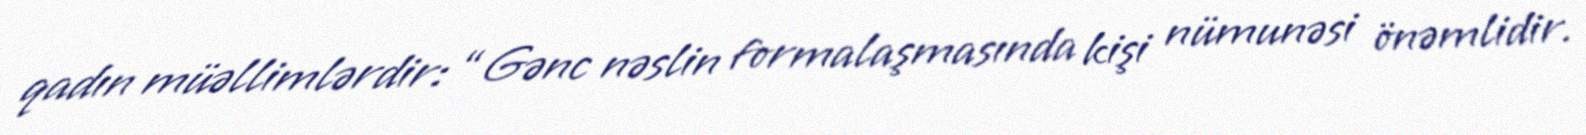
qadın müəllimlərdir: “Gənc nəslin formalaşmasında kişi nümunəsi önəmlidir.